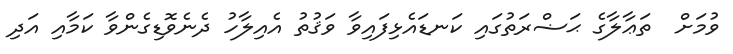
ވުމަށް  ތަޢާލާގެ ޙަޟްރަތުގައި ކަނޑައެޅިފައިވާ ވަޤުތު އެއިލާހު ދެނެވޮޑިގެންވާ ކަމާއި އަދި